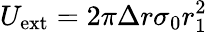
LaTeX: U_{\mathrm{ext}}=2\pi\Delta r\sigma_{0}r_{1}^{2}